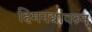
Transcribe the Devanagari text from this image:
हिमनद्यांवरुन